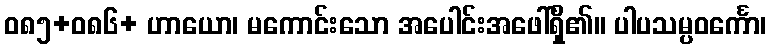
ဝ၈၅+၀၈၆+ ဟာယော၊ မကောင်းသော အပေါင်းအဖေါ်ရှိ၏။ ပါပသမ္ပဝင်္ကော၊